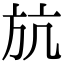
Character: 𣃚